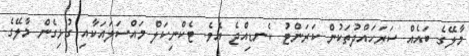
މާލޭގެ ބައެއް ސަރަހައްދުތަކުން ކަރަންޓު ކެނޑިއްޖެ އެވެ. ޓެކްނިކަލް މައްސަލައަކާއި ގުޅިގެން މާލޭގެ